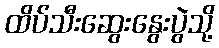
ထိပ်သီးဆွေးနွေးပွဲသို့